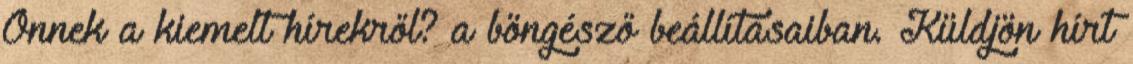
Önnek a kiemelt hírekről? a böngésző beállításaiban. Küldjön hírt